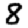
Digit: 8